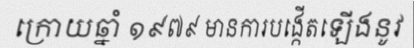
ក្រោយឆ្នាំ ១៩៧៩ មានការបង្កើតឡើងនូវ